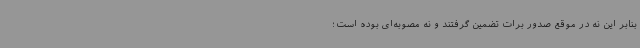
بنابر این نه در موقع صدور برات تضمین گرفتند و نه مصوبه‌ای بوده است؛